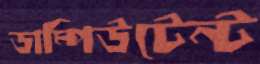
ডাম্পিউটেন্ট